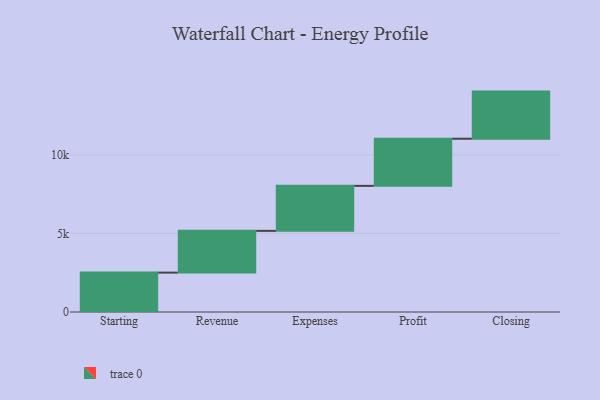
{"axis": {"x": "Step", "y": "Value"}, "legend": [""], "data": [{"x": "Starting", "y": 2507.0, "type": ""}, {"x": "Revenue", "y": 2658.0, "type": ""}, {"x": "Expenses", "y": 2865.0, "type": ""}, {"x": "Profit", "y": 3000, "type": ""}, {"x": "Closing", "y": 3000, "type": ""}]}